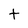
Character: t